Annual report of the Punjab Veterinary College and of the Civil Veterinary Department, Punjab - 1920-1925
Year: 1920
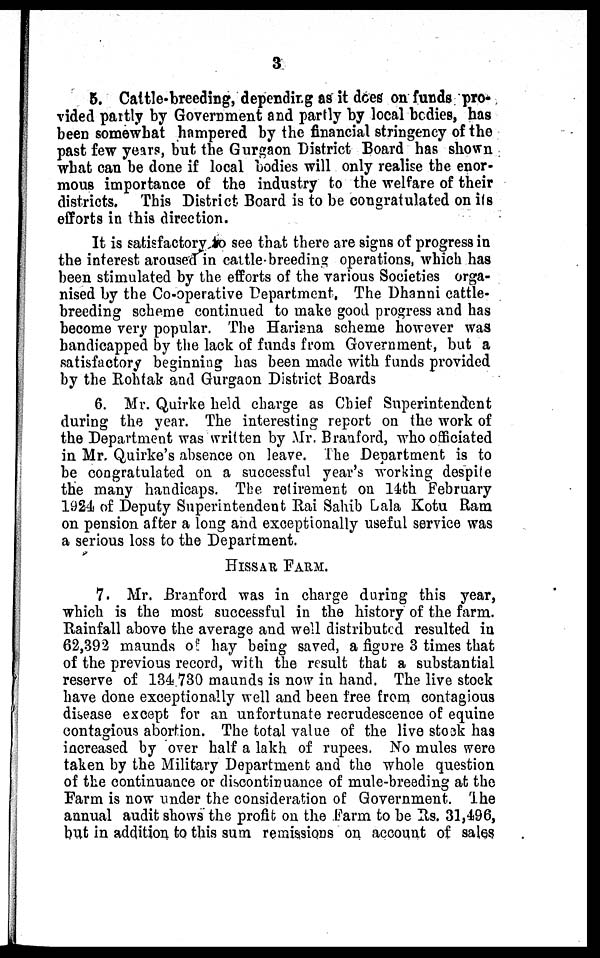
3
5. Cattle-breeding, depending as it does on funds pro-
vided partly by Government and partly by local bodies, has
been somewhat hampered by the financial stringency of the
past few years, but the Gurgaon District Board has shown
what can be done if local bodies will only realise the enor-
mous importance of the industry to the welfare of their
districts. This District Board is to be congratulated on its
efforts in this direction.
It is satisfactory to see that there are signs of progress in
the interest aroused in cattle-breeding operations, which has
been stimulated by the efforts of the various Societies orga-
nised by the Co-operative Department, The Dhanni cattle-
breeding scheme continued to make good progress and has
become very popular. The Hariana scheme however was
handicapped by the lack of funds from Government, but a
satisfactory beginning has been made with funds provided
by the Rohtak and Gurgaon District Boards
6. Mr. Quirke held charge as Chief Superintendent
during the year. The interesting report on the work of
the Department was written by Mr. Branford, who officiated
in Mr. Quirke's absence on leave. The Department is to
be congratulated on a successful year's working despite
the many handicaps. The retirement on 14th February
1924 of Deputy Superintendent Rai Sahib Lala Kotu Ram
on pension after a long and exceptionally useful service was
a serious loss to the Department.
HISSAR FARM.
7. Mr. Branford was in charge during this year,
which is the most successful in the history of the farm.
Rainfall above the average and well distributed resulted in
62,392 maunds of hay being saved, a figure 3 times that
of the previous record, with the result that a substantial
reserve of 134 730 maunds is now in hand. The live stock
have done exceptionally well and been free from contagious
disease except for an unfortunate recrudescence of equine
contagious abortion. The total value of the live stock has
increased by over half a lakh of rupees. No mules were
taken by the Military Department and the whole question
of the continuance or discontinuance of mule-breeding at the
Farm is now under the consideration of Government. The
annual audit shows the profit on the Farm to be Rs. 31,496,
but in addition to this sum remissions on account of sales